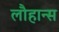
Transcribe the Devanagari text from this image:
लौहान्स